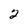
Character: 2